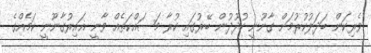
ވެރިކަން ބަދަލުކުރުމަށް ގާނޫނީ ހުދޫދުން ބޭރުގައި ކުރާ މަސައްކަތެއް ވާނީ ޣައިރުގާނޫނީ ކަމެއްގެ